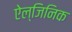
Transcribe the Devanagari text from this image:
ऐल्जिनिक